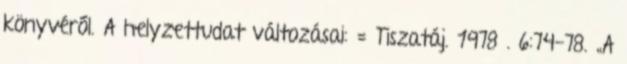
könyvéről. A helyzettudat változásai: = Tiszatáj. 1978 . 6:74-78. „A